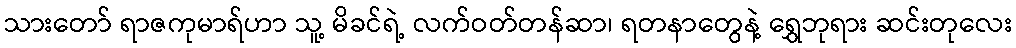
သားတော် ရာဇကုမာရ်ဟာ သူ့ မိခင်ရဲ့ လက်ဝတ်တန်ဆာ၊ ရတနာတွေနဲ့ ရွှေဘုရား ဆင်းတုလေး